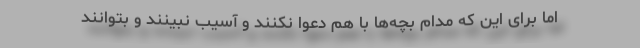
اما برای این که مدام بچه‌ها با هم دعوا نکنند و آسیب نبینند و بتوانند